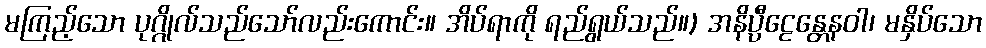
မကြည့်သော ပုဂ္ဂိုလ်သည်သော်လည်းကောင်း။ အိပ်ရာကို ရည်ရွယ်သည်။) အနိပ္ပီဠေန္တေနဝါ၊ မနှိပ်သော